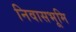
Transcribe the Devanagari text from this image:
निवासभूमि